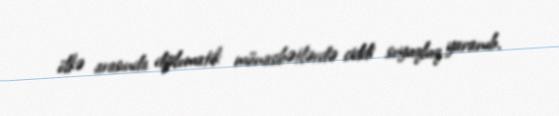
ölkə arasında diplomatik münasibətlərdə ciddi soyuqluq yaranıb.